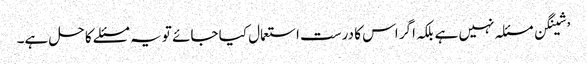
’شینگن مسئلہ نہیں ہے بلکہ اگر اس کا درست استعمال کیا جائے تو یہ مسئلے کا حل ہے۔